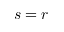
s = r